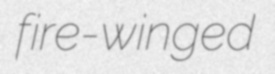
fire-winged